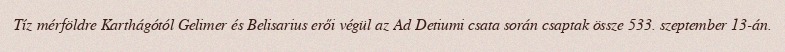
Tíz mérföldre Karthágótól Gelimer és Belisarius erői végül az Ad Detiumi csata során csaptak össze 533. szeptember 13-án.